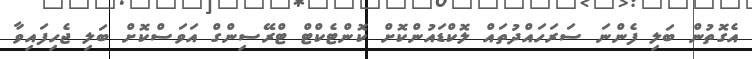
އެގޮތުން ބަލި ފެންނަ ސަރަހައްދުތައް ލޮކްޑައުންކޮށް ކޮންޓެކްޓް ޓްރޭސިންގް އަވަސްކޮށް ބަލި ޖެހިފައިވާ